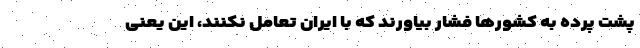
پشت پرده به کشورها فشار بیاورند که با ایران تعامل نکنند، این یعنی